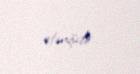
etmişdir.